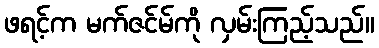
ဖရင့်က မက်ဇင်မ်ကို လှမ်းကြည့်သည်။